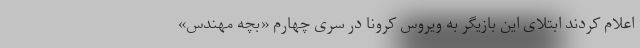
اعلام کردند ابتلای این بازیگر به ویروس کرونا در سری چهارم «بچه مهندس»